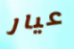
عيار